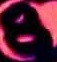
Text: 8